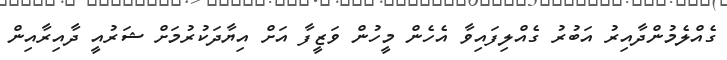
ގެއްލެމުންދާއިރު އަބުރު ގެއްލިފައިވާ އެހެން މީހުން ވަޒީފާ އަށް އިޔާދަކުރުމަށް ޝަރުއީ ދާއިރާއިން